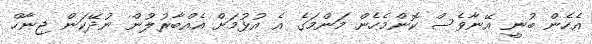
އެހެން ބުނީ އޭނާވެސް ކޮންމެހެން މަންމަގެ އެ އުޅުމަށް އެއްބާރުލުން ނުދޭކަން ޖިނާހް